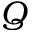
Q